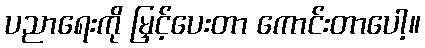
ပညာရေးကို မြှင့်ပေးတာ ကောင်းတာပေါ့။